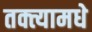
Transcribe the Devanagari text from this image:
तक्त्यामधे